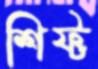
শিফ্ট